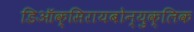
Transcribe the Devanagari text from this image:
डिऑक्सिरायबोन्युक्लिक